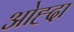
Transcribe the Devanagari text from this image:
ओह्दा